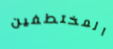
المختطفين